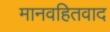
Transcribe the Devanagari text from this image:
मानवहितवाद